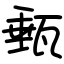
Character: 甀